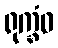
ရုက္ခံဝ